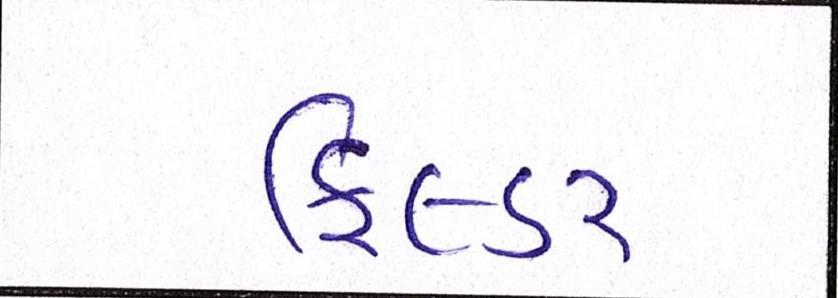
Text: ફિલ્ડર